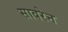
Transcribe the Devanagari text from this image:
सावरेन